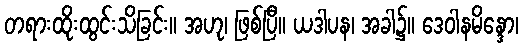
တရားထိုးထွင်းသိခြင်း။ အဟု၊ ဖြစ်ပြီ။ ယဒါပန၊ အခါ၌။ ဒေဝါနမိန္ဒော၊